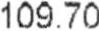
109.70